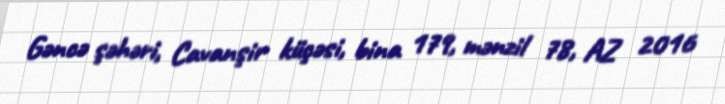
Gəncə şəhəri, Cavanşir küçəsi, bina 179, mənzil 78, AZ 2016